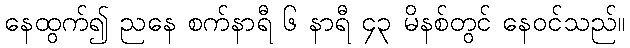
နေထွက်၍ ညနေ စက်နာရီ ၆ နာရီ ၄၃ မိနစ်တွင် နေဝင်သည်။